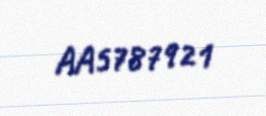
AA5787921